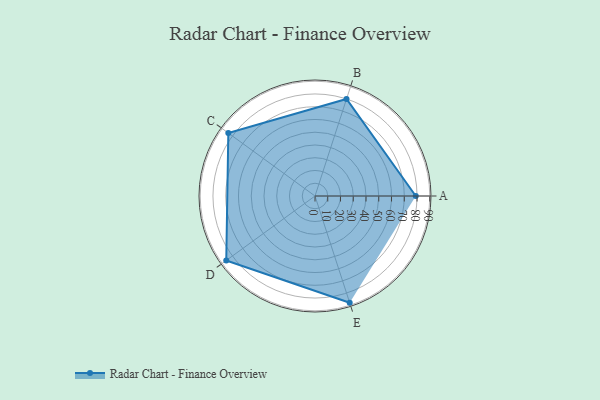
{"axis": {"x": "Skill", "y": "Score"}, "legend": ["Profile"], "data": [{"x": "A", "y": 79.0, "type": "Profile"}, {"x": "B", "y": 80.0, "type": "Profile"}, {"x": "C", "y": 84.0, "type": "Profile"}, {"x": "D", "y": 86.0, "type": "Profile"}, {"x": "E", "y": 88.0, "type": "Profile"}]}